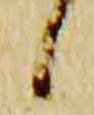
候